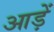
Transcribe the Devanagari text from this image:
आड़ें